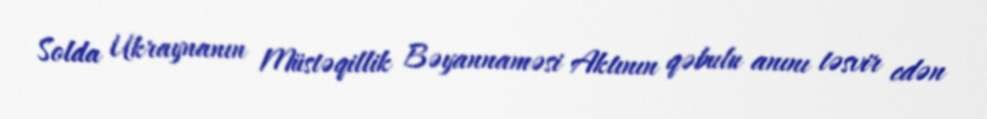
Solda Ukraynanın Müstəqillik Bəyannaməsi Aktının qəbulu anını təsvir edən